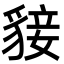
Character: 𧳛